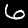
Digit: 6